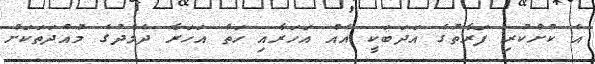
އެ ކުށްކުރި ފަރާތުގެ އަދަބަކީ އެއް އަހަރާއި ހަތް އަހަރާ ދެމެދުގެ މުއްދަތަކަށް